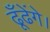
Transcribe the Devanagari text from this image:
ढूँढेंगे।